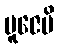
ပူဇေမိ